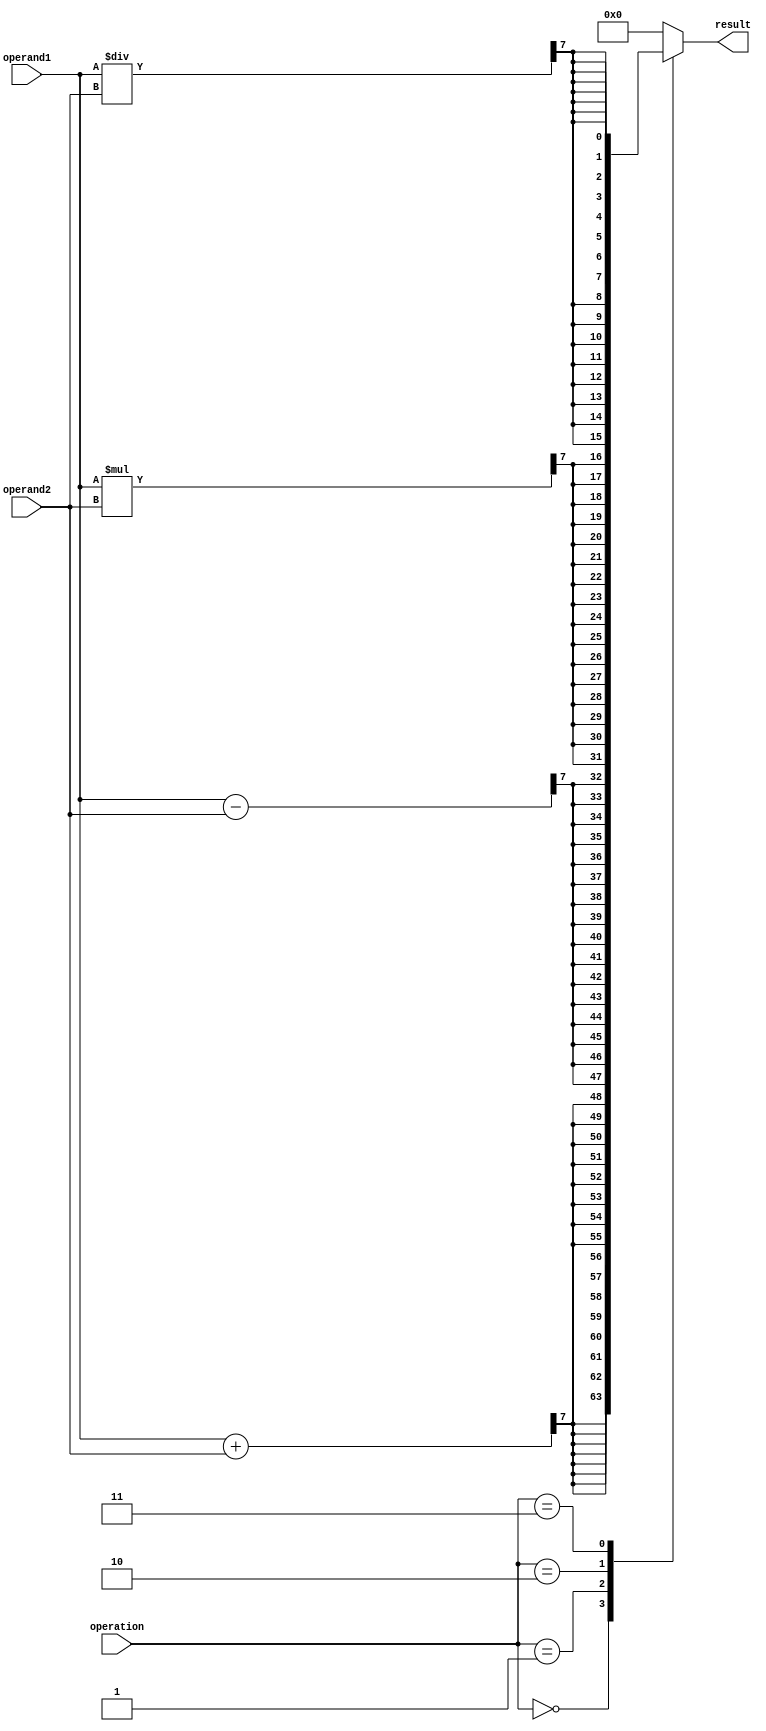
module Complex_ALU (
    input wire [7:0] operand1,
    input wire [7:0] operand2,
    input wire [2:0] operation,
    output reg [15:0] result
);

reg [7:0] adder_result, subtractor_result, multiplier_result, divider_result;

always @(*) begin
    case(operation)
        3'b000: begin // Addition operation
            adder_result = operand1 + operand2;
            result = {16{adder_result[7]}};
        end
        3'b001: begin // Subtraction operation
            subtractor_result = operand1 - operand2;
            result = {16{subtractor_result[7]}};
        end
        3'b010: begin // Multiplication operation
            multiplier_result = operand1 * operand2;
            result = {16{multiplier_result[7]}};
        end
        3'b011: begin // Division operation
            divider_result = operand1 / operand2;
            result = {16{divider_result[7]}};
        end
        default: result = 16'b0; // Default case
    endcase
end

endmodule